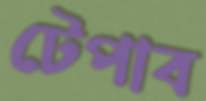
টেপাব